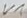
Text: V1